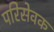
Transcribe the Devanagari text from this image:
परिसेवक